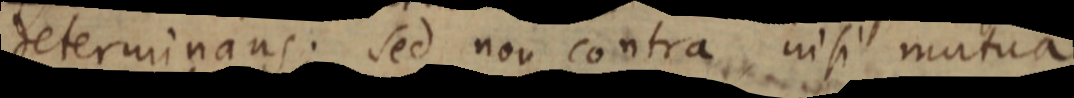
determinans. sed non contra nisi mutua